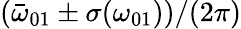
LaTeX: (\bar{\omega}_{01}\pm\sigma({\omega_{01}}))/(2\pi)